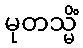
မုတသ္မိံ